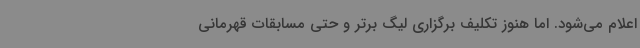
اعلام می‌شود. اما هنوز تکلیف برگزاری لیگ برتر و حتی مسابقات قهرمانی